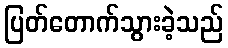
ပြတ်တောက်သွားခဲ့သည်